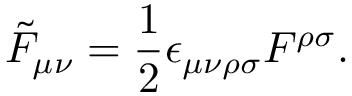
\tilde { F } _ { \mu \nu } = \frac { 1 } { 2 } \epsilon _ { \mu \nu \rho \sigma } F ^ { \rho \sigma } .